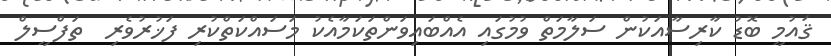
ޤައުމީ ބޮޑު ކާރިސާއަކުން ސަލާމަތް ވުމުގައި އެއްބައިވަންތަކަމާއެކު މަސައްކަތްކުރި ފަޚުރުވެރި  ތަފްސީލް